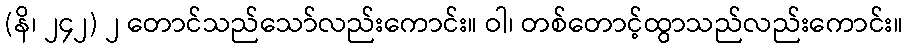
(နိ၊ ၂၄၂) ၂ တောင်သည်သော်လည်းကောင်း။ ဝါ၊ တစ်တောင့်ထွာသည်လည်းကောင်း။